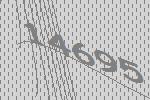
14695